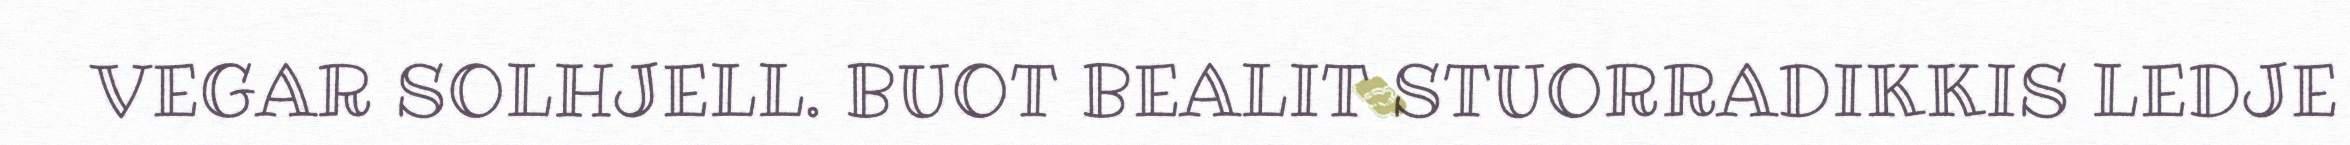
VEGAR SOLHJELL. BUOT BEALIT STUORRADIKKIS LEDJE